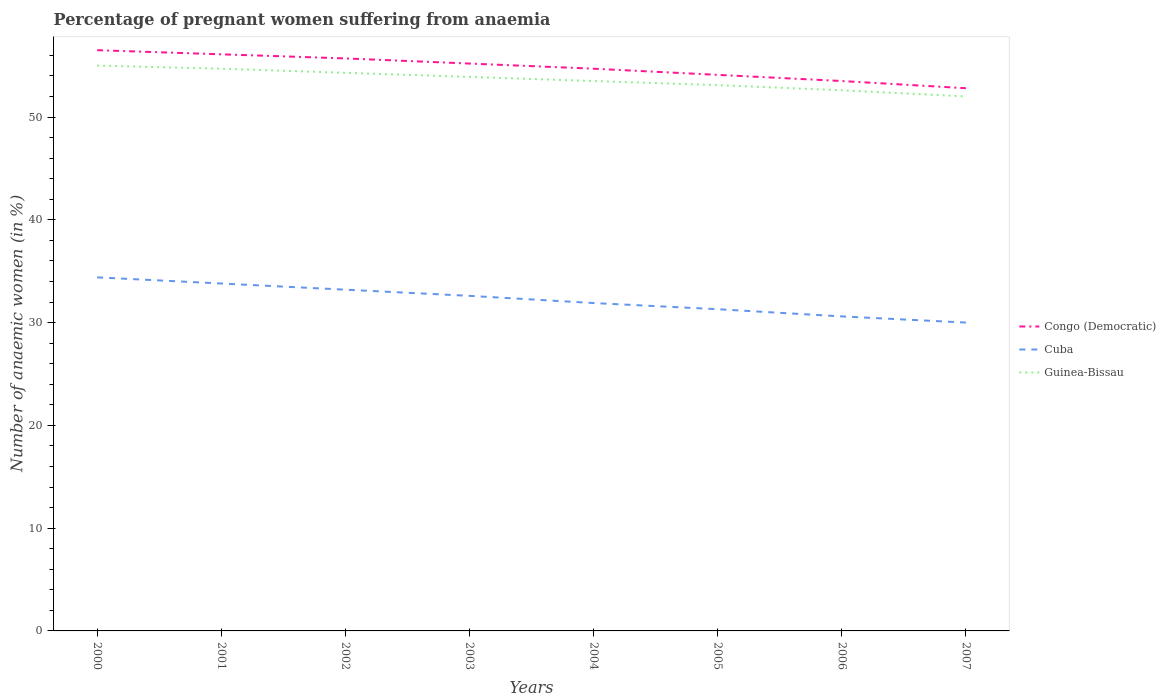
| Years | Congo (Democratic) | Cuba | Guinea-Bissau |
 | --- | --- | --- | --- |
 | 2000 | 56.5 | 34.4 | 55 |
 | 2001 | 56.1 | 33.8 | 54.7 |
 | 2002 | 55.7 | 33.2 | 54.3 |
 | 2003 | 55.2 | 32.6 | 53.9 |
 | 2004 | 54.7 | 31.9 | 53.5 |
 | 2005 | 54.1 | 31.3 | 53.1 |
 | 2006 | 53.5 | 30.6 | 52.6 |
 | 2007 | 52.8 | 30 | 52 |